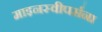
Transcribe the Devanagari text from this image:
माइनस्वीपर्सना